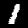
Digit: 1